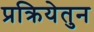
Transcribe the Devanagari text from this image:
प्रक्रियेतुन